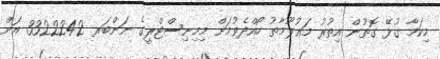
މިކަމާ ގުޅޭ ގޮތުން އިތުރު މަޢުލޫމާތު ހޯއްދެވުމަށް މިމިނިސްޓްރީގެ ނަންބަރ 3322242 އަށް